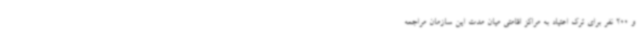
و 200 نفر برای ترک اعتیاد به مراکز اقامتی میان مدت این سازمان مراجعه